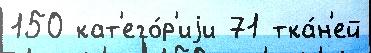
150 кат'его́р'иjи 71 тка́н'ей